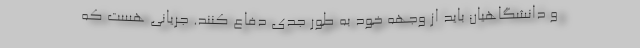
و دانشگاهیان باید از وجهه خود به طور جدی دفاع کنند. جریانی هست که